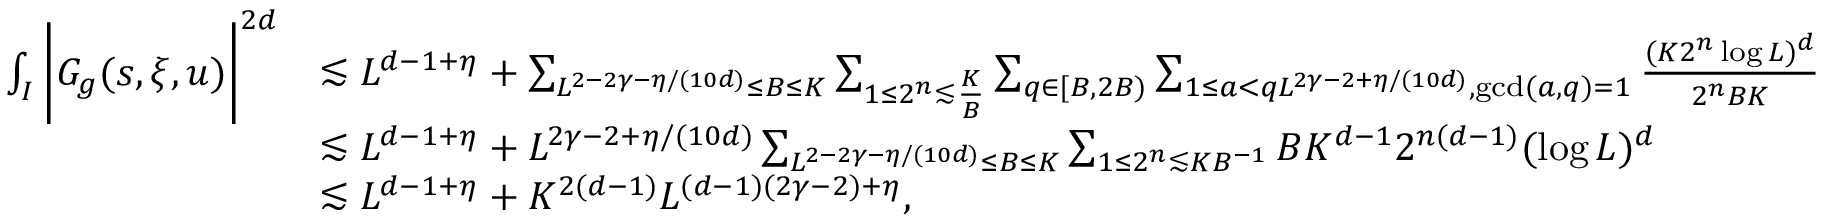
\begin{array} { r l } { \int _ { I } \bigg | G _ { g } ( s , \xi , u ) \bigg | ^ { 2 d } } & { \lesssim L ^ { d - 1 + \eta } + \sum _ { L ^ { 2 - 2 \gamma - \eta / ( 1 0 d ) } \leq B \leq K } \sum _ { 1 \leq 2 ^ { n } \lesssim \frac { K } { B } } \sum _ { q \in [ B , 2 B ) } \sum _ { 1 \leq a < q L ^ { 2 \gamma - 2 + \eta / ( 1 0 d ) } , \operatorname* { g c d } ( a , q ) = 1 } \frac { ( K 2 ^ { n } \log L ) ^ { d } } { 2 ^ { n } B K } } \\ & { \lesssim L ^ { d - 1 + \eta } + L ^ { 2 \gamma - 2 + \eta / ( 1 0 d ) } \sum _ { L ^ { 2 - 2 \gamma - \eta / ( 1 0 d ) } \leq B \leq K } \sum _ { 1 \leq 2 ^ { n } \lesssim K B ^ { - 1 } } B K ^ { d - 1 } 2 ^ { n ( d - 1 ) } ( \log L ) ^ { d } } \\ & { \lesssim L ^ { d - 1 + \eta } + K ^ { 2 ( d - 1 ) } L ^ { ( d - 1 ) ( 2 \gamma - 2 ) + \eta } , } \end{array}